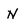
Character: N